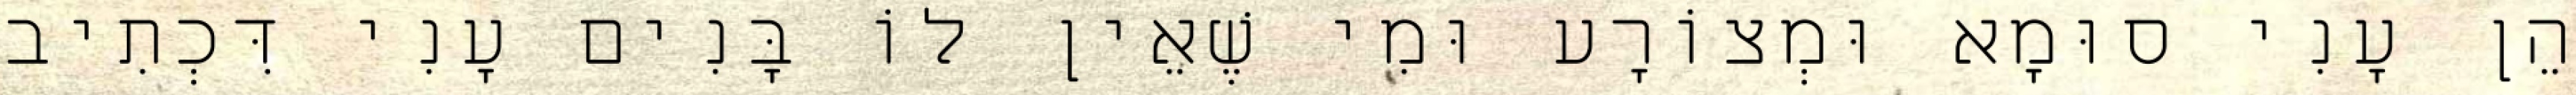
הֵן עָנִי סוּמָא וּמְצוֹרָע וּמִי שֶׁאֵין לוֹ בָּנִים עָנִי דִּכְתִיב